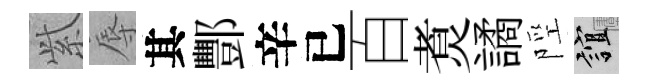
𬗋辱其酆辛已百煑譎陘誼